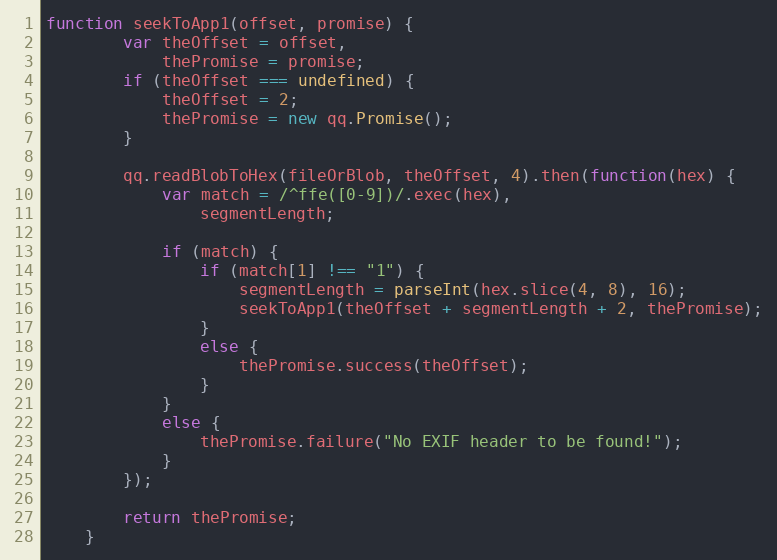
Language: JavaScript
function seekToApp1(offset, promise) {
        var theOffset = offset,
            thePromise = promise;
        if (theOffset === undefined) {
            theOffset = 2;
            thePromise = new qq.Promise();
        }

        qq.readBlobToHex(fileOrBlob, theOffset, 4).then(function(hex) {
            var match = /^ffe([0-9])/.exec(hex),
                segmentLength;

            if (match) {
                if (match[1] !== "1") {
                    segmentLength = parseInt(hex.slice(4, 8), 16);
                    seekToApp1(theOffset + segmentLength + 2, thePromise);
                }
                else {
                    thePromise.success(theOffset);
                }
            }
            else {
                thePromise.failure("No EXIF header to be found!");
            }
        });

        return thePromise;
    }